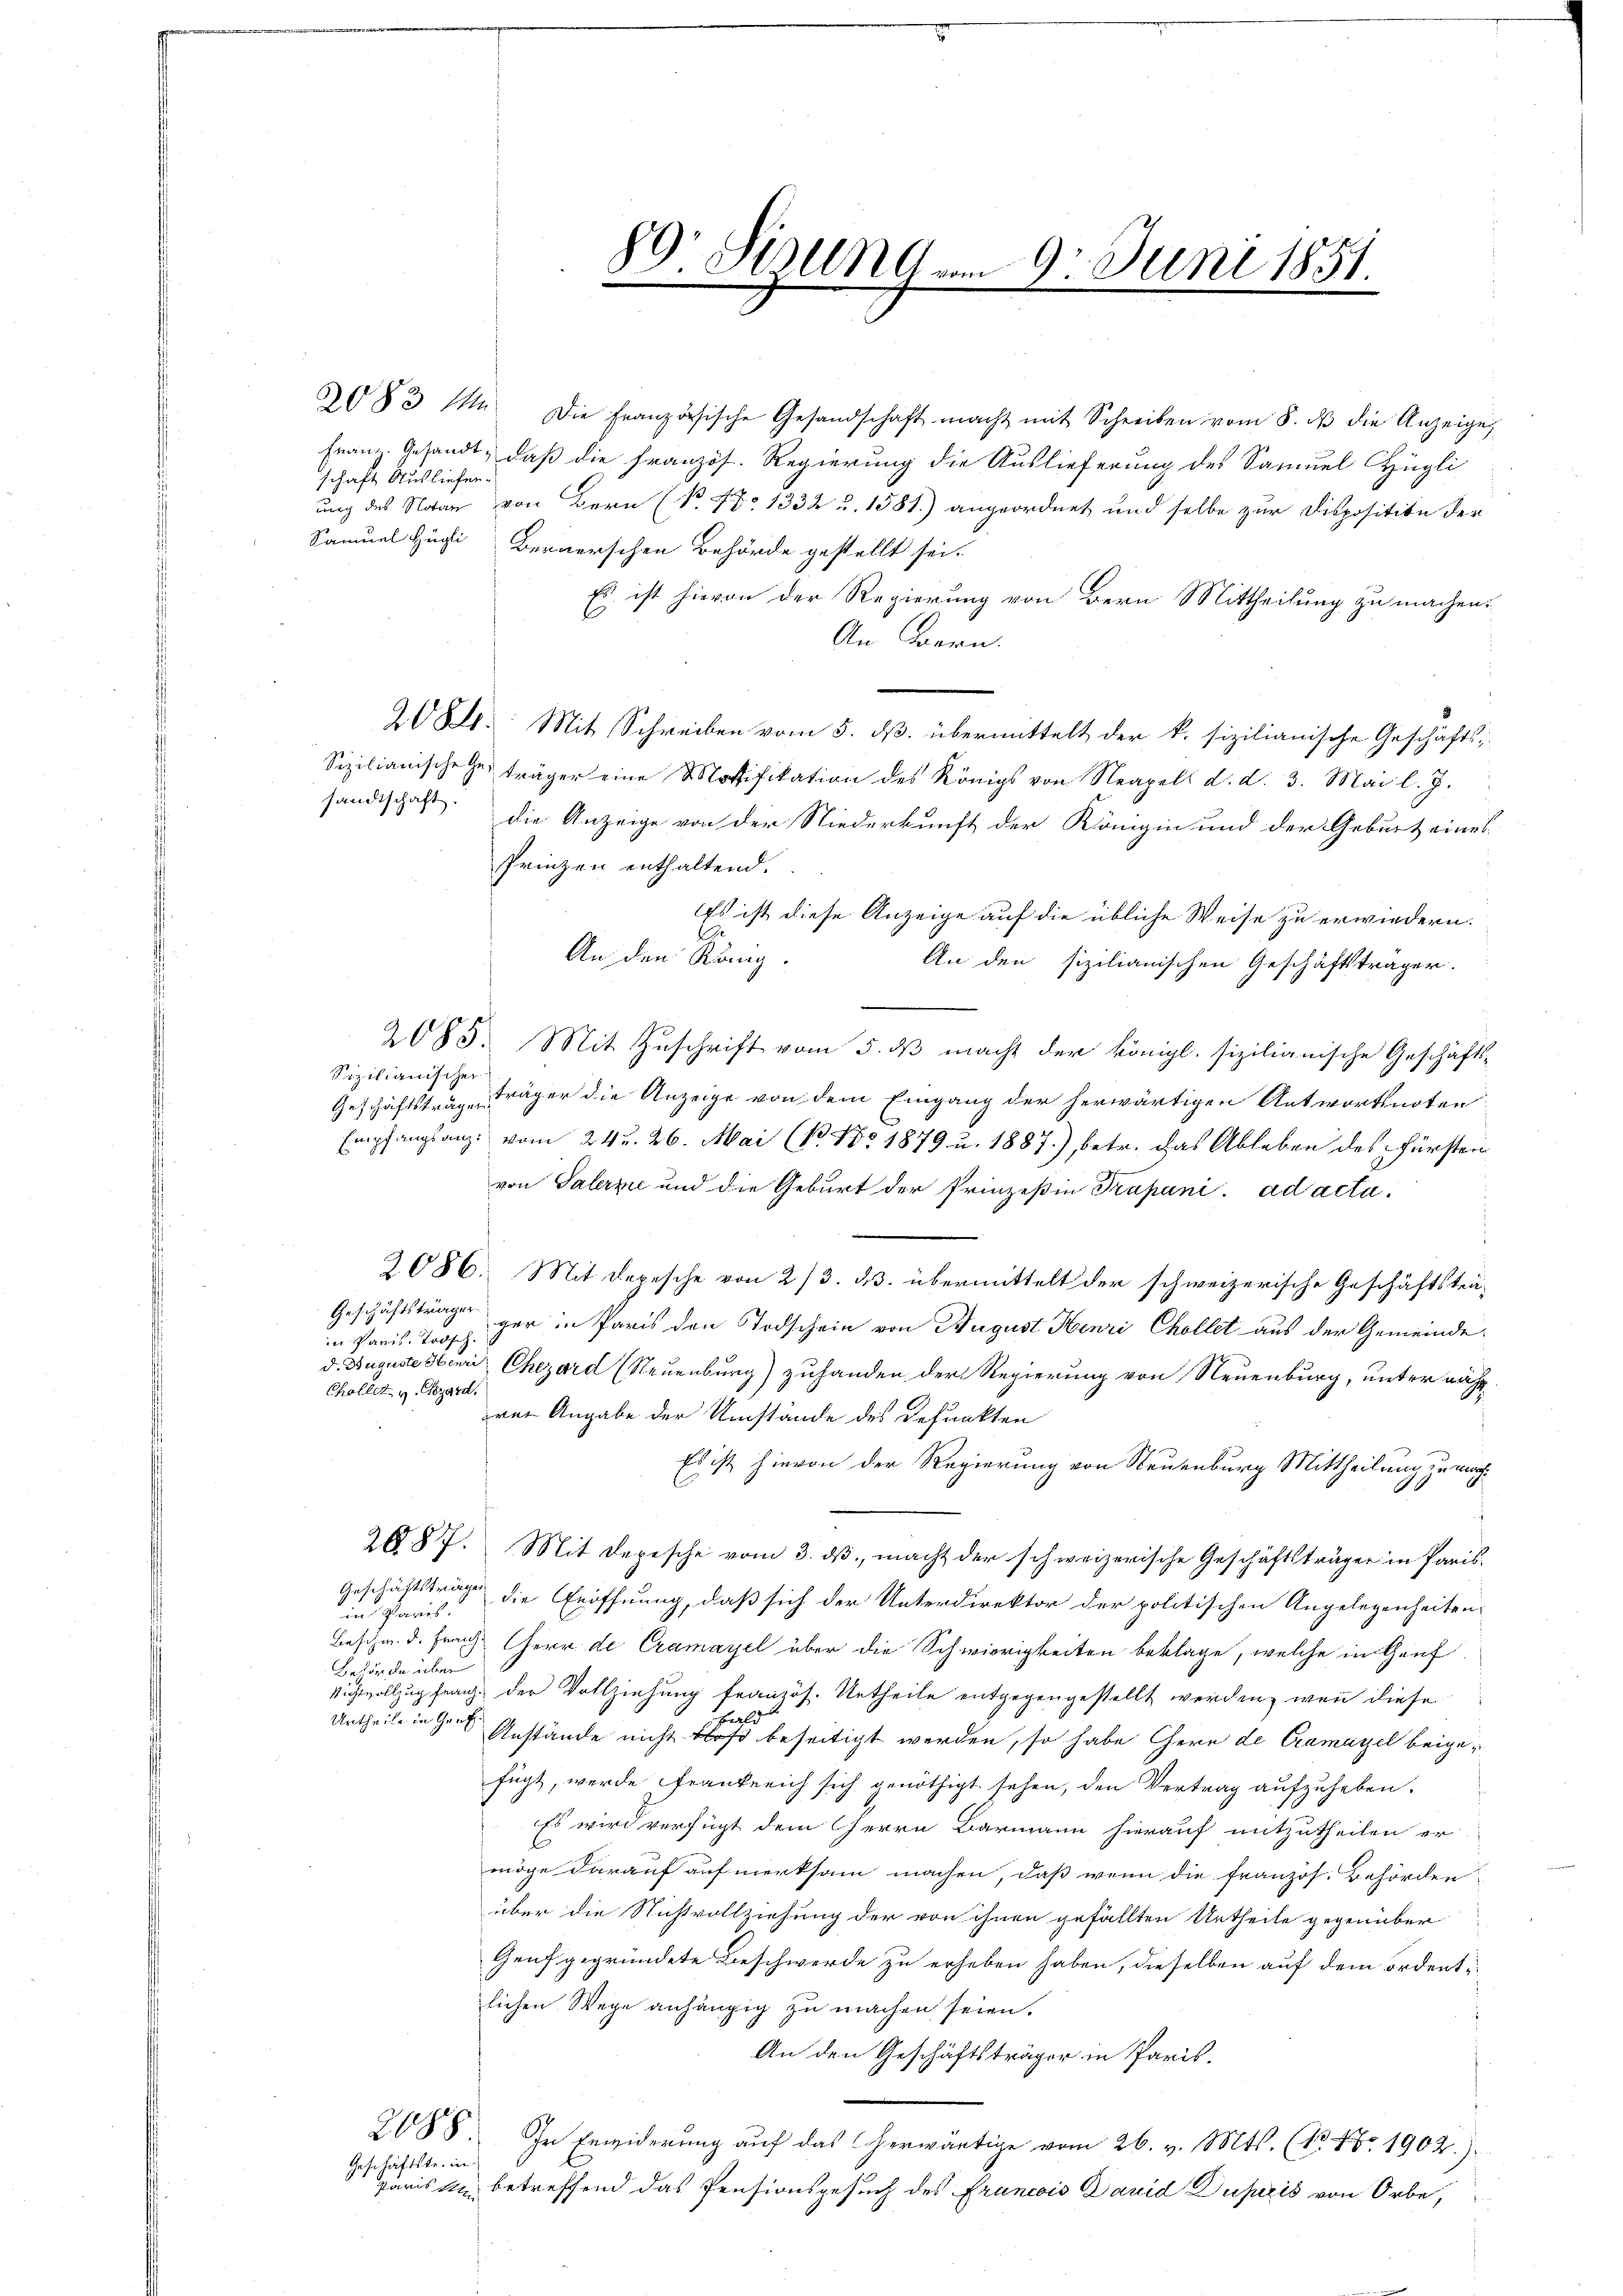
schaft Ausliefer-

Samuel Huci Bernerschen Behörde gestellt sei.
Es ist hievon der Regierung von Bern Mittheilung zu machen.
An Baern.
208. Mit Schreiben vom 5. ds. übermittelt der k. sizilianische Geschäfts¬
Sizilianische träger eine Motifikation des Königs von Neapell d. d. 3. Mai l. J.
sandtschaft die Anzeige von der Niederkunft der Königin und der Geburt eines
Prinzen enthaltend.
Es ist diese Anzeige auf die übliche Weise zu erwiedern.
i
An den König.
An den sizilianischen Geschäftsträger.
e
2085. Mit Zuschrift vom 5. ds macht der königl. sizilianische Geschäfts-
Sizilianischer
Geschäftsträge träger die Anzeige von dem Eingang der herwärtigen Antwortsnoten
Empfangsanz: vom 24. 26. Mai (N. No 1879 u. 1887), betr. das Ableben des Fürsten
von Palerz und die Geburt der Prinzeßin Prapani. ad acta.
2086. Mit Depesche von 2/3. ds. übermittelt der schweizerische Geschäftsträ-
Geschäftsträger
ger in Paris den Todschein von August Henri Chollet aus der Gemeindein Paris, Todsch
d. Auguste Henri Chezard (Neuenburg) zuhanden der Regierung von Neuenburg, unter nächst-
Challet v. Gezard.
rei Angabe der Umstände des Refunkten
Es ist hievon der Regierung von Neuenburg Mittheilung zu rech¬
2087. Mit Depesche vom 3. dβ macht der schweizerische Geschäftsträger in Paris
Geschäftsträge die Eröffnung, daß sich der Unterdirektor der politischen Angelegenheiten,
in Paris.
Beschr. d. Franz Herr de Cramayel über die Schwierigkeiten beklage, welche in Genf
Behörde über
Nichtvollzug franz, der Vollziehung französ. Urtheile entgegengestellt werden, wenn diese
wald
Urtheile in Genf
Anstände nicht bloß beseitigt werden, so habe Chern de Cramazel beigefügt, werde Frankreich sich genöthigt sehen, den Vertrag aufzuheben.
Es wird verfügt dem Herrn Barmann hierauf mitzutheilen er
möge darauf aufmerksam machen, daß wenn die französ. Behörden
über die Nichtvollziehung der von ihnen gefällten Urtheile gegenüber
Genf gegründete Beschwerde zu erheben haben, dieselben auf dem ordentlichen Wege anhängig zu machen seien.
An den Geschäftsträger in Paris.
2088. In Erwiderung auf das herwärtige vom 26. v. Mts. (N. Nr. 1902).
Geschäftste in
Paris ein betreffend das Pensionsgesuch des Francois David Duperis von Orbe,

89 Firung am 9. Juni 1851.
.

6083 M. die französische Gesandschaft macht mit Schreiben vom 8. dβ die Anzeige
Franz. Gesandt, daß die Französ. Regierung die Auslieferung des Samuel Hügli
ung des Notar von Bern (P. Nr. 1332 u. 1581.) angeordnet und selbe zur Disposition der